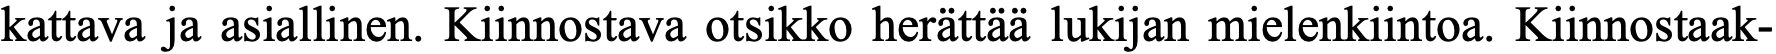
kattava ja asiallinen. Kiinnostava otsikko herättää lukijan mielenkiintoa. Kiinnostaak-